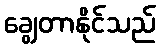
ချွေတာနိုင်သည်